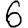
Digit: 6